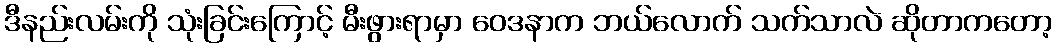
ဒီနည်းလမ်းကို သုံးခြင်းကြောင့် မီးဖွားရာမှာ ဝေဒနာက ဘယ်လောက် သက်သာလဲ ဆိုတာကတော့